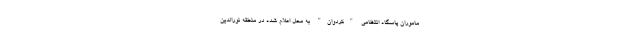
ماموران پاسگاه انتظامی "کردوان" به محل اعلام شده در منطقه نورالدین